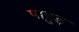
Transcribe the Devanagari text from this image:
पाहुड़